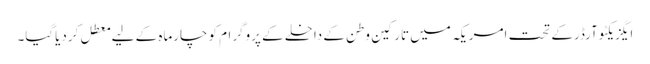
ایگزیکٹوآرڈرکے تحت امریکہ میں تارکین وطن کے داخلے کے پروگرام کوچارماہ کے لیے معطل کردیاگیا۔